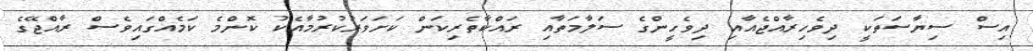
އިސް ސިޔާސަތަކީ ދިވެހިރާއްޖެއާއި ދިވެހީންގެ ސަލާމަތާއި ރައްކާތެރިކަން ކަށަވަރުކުރުމާއެކު ކޮންމެ ކަމެއްގައިވެސް ރާއްޖޭގެ